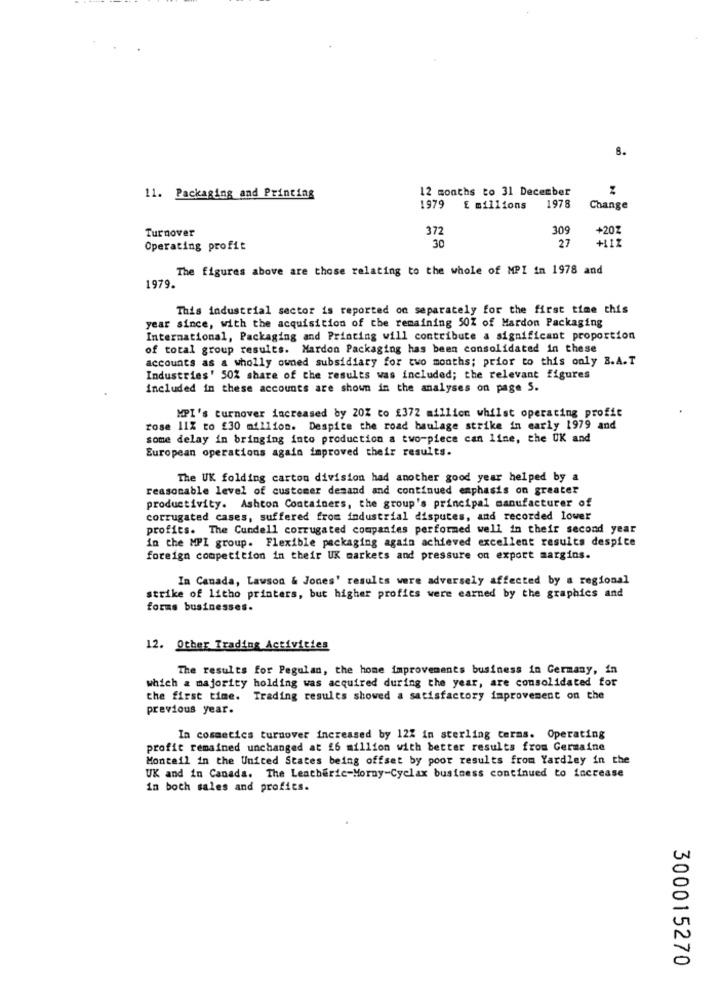
8.
12 months to 31 December
11. Packaging and Printing
1979 E millions
1978
Change
Turnover
372
309
+20Z
27
+111
Operating profit
30
The figures above are those relating to the whole of MPI in 1978 and
1979.
This industrial sector is reported on separately for the first time this
year since, with the acquisition of the remaining 50% of Hardon Packaging
International, Packaging and Printing will contribute a significant proportion
of total group results. Hardon Packaging has been consolidated in these
accounts as a wholly owned subsidiary for two months; prior to this only B.A.T
Industries' 50% share of the results was included; the relevant figures
included in these accounts are shown in the analyses on page 5.
MPI's turnover increased by 20Z co £372 million whilst operating profit
rose 11X to £30 million. Despite the road baulage strike in early 1979 and
some delay in bringing into production a two-piece can line, the UK and
European operations again improved their results.
The UK folding carton division had another good year helped by a
reasonable level of customer demand and continued emphasis on greater
productivity. Ashton Containers, the group's principal manufacturer of
corrugated cases, suffered from industrial disputes, and recorded lower
profits. The Cundell corrugated companies performed well in their second year
in the MPI group. Flexible packaging again achieved excellent results despice
foreign competition in their UK markets and pressure on export margins.
In Canada, Lawson & Jones' results were adversely affected by a regional
strike of litho printers, but higher profies were earned by the graphics and
forms businesses.
12. Other Trading Activities
The results for Pegulan, the home improvements business in Germany, in
which a majority holding was acquired during the year, are consolidated for
the first time.
Trading results showed a satisfactory improvement on the
previous year.
In cosmetics turnover increased by 12% in sterling terms. Operating
profit remained unchanged at £6 million with better results from Germaine
Monteil in the United States being offset by poor results from Yardley in the
UK and in Canada. The Leatheric-Morny-Cyclax business continued to increase
in both sales and profits.
300015270